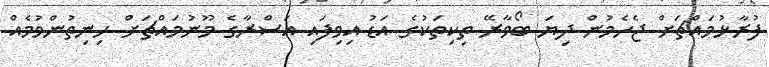
ފުރާޅުމައްޗަށް ޖެހެމުން ދިޔަ ބޯވާރޭ ތިކިތަކުގެ އަޑު އިވިފައި އަސްރާގެ މޫނުމައްޗަށް ހިނިތުންވުމެއް